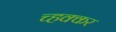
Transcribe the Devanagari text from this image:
च्हक्कर